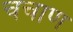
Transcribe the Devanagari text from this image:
चचाण